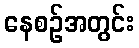
နေစဉ်အတွင်း